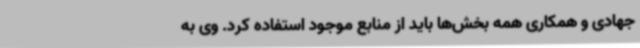
جهادی و همکاری همه بخش‌ها باید از منابع موجود استفاده کرد. وی به